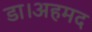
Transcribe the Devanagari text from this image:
डा।अहमद